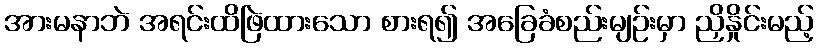
အားမနာဘဲ အရင်းထိဖြဲထားသော စားရ၍ အခြေခံစည်းမျဉ်းမှာ ညှိနှိုင်းမည့်